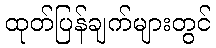
ထုတ်ပြန်ချက်များတွင်